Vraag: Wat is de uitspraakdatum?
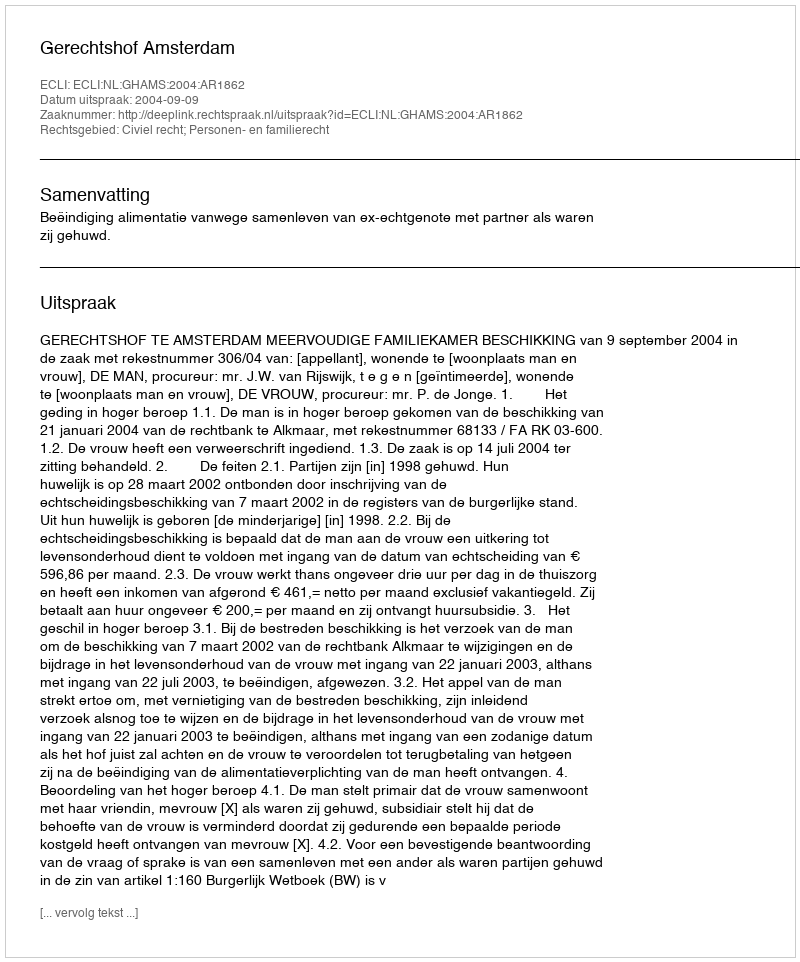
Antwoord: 2004-09-09